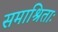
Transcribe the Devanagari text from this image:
समाश्रिताः